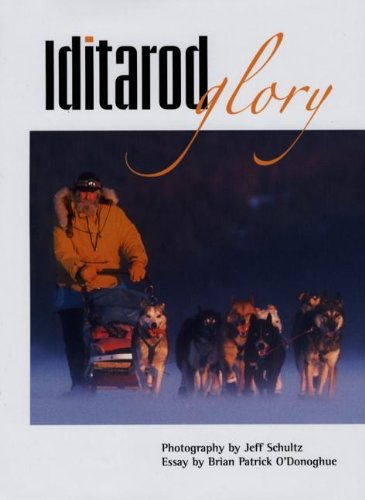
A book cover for Iditarod Glory; Brian Patrick O'Donoghue; Sports & Outdoors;